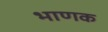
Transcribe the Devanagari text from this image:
भाणक